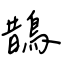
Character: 鵲